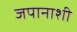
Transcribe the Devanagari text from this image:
जपानाशी